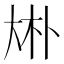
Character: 𠧭